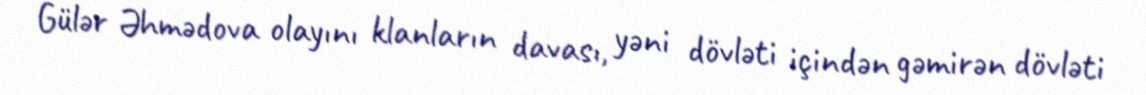
Gülər Əhmədova olayını klanların davası, yəni dövləti içindən gəmirən dövləti